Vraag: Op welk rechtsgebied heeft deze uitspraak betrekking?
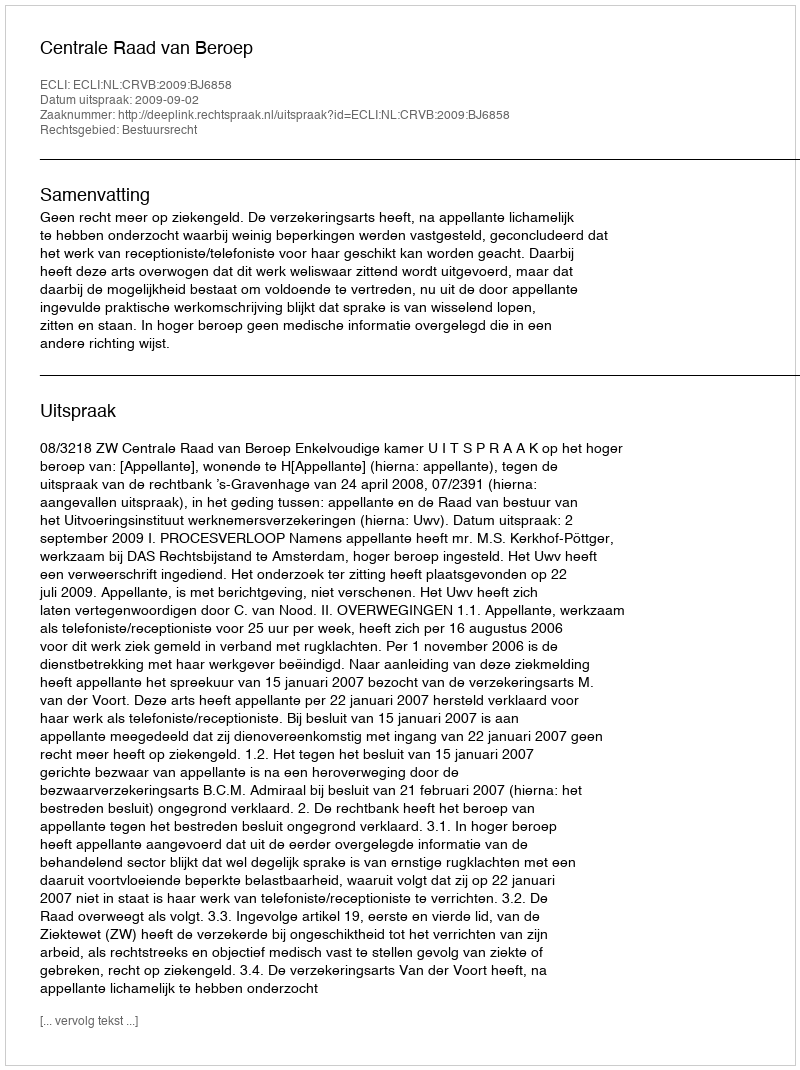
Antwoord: Bestuursrecht